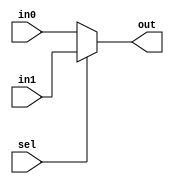
module mux32(in0, in1, sel,out);
input [31:0] in0;
input [31:0] in1;
input sel;
output [31:0] out;

assign out = (sel)? in1:in0;
       
endmodule